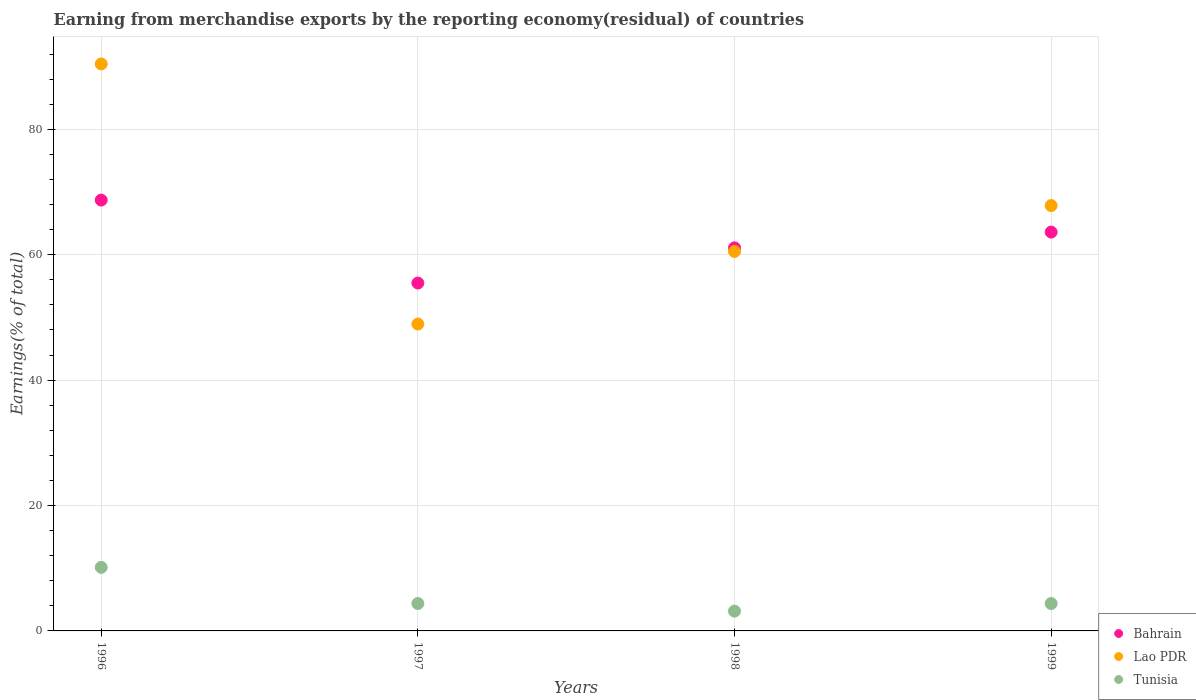
| Years | Bahrain | Lao PDR | Tunisia |
 | --- | --- | --- | --- |
 | 1996 | 68.7 | 90.4 | 10.1 |
 | 1997 | 55.5 | 48.9 | 4.37 |
 | 1998 | 61.1 | 60.5 | 3.15 |
 | 1999 | 63.6 | 67.8 | 4.37 |